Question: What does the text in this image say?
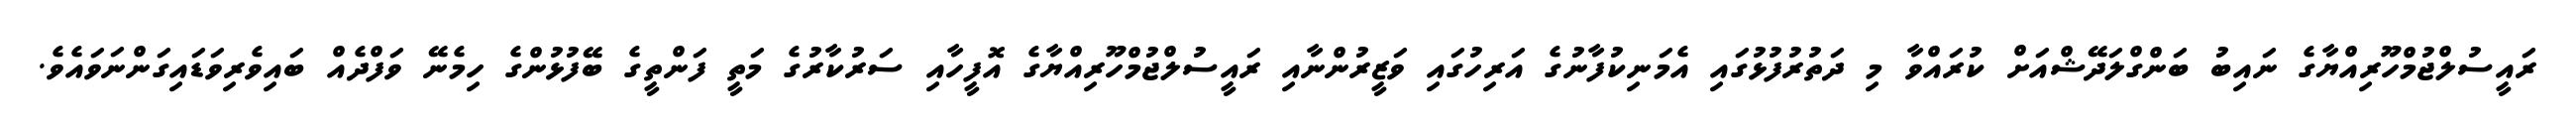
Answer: ރައީސުލްޖުމްހޫރިއްޔާގެ ނައިބު ބަންގްލަދޭޝްއަށް ކުރައްވާ މި ދަތުރުފުޅުގައި އެމަނިކުފާނުގެ އަރިހުގައި ވަޒީރުންނާއި ރައީސުލްޖުމްހޫރިއްޔާގެ އޮފީހާއި ސަރުކާރުގެ މަތީ ފަންތީގެ ބޭފުޅުންގެ ހިމެނޭ ވަފްދެއް ބައިވެރިވަޑައިގަންނަވައެވެ.